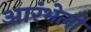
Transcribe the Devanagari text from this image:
आरंभेली